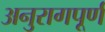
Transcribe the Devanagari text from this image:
अनुरागपूर्ण